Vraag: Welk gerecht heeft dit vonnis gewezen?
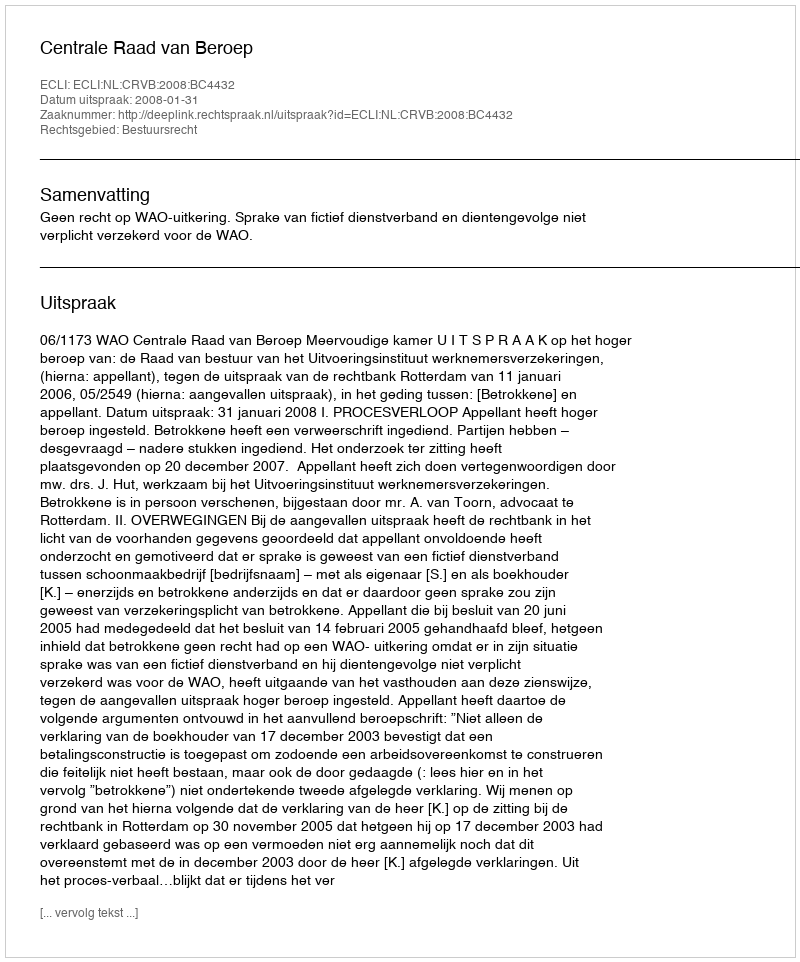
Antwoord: Centrale Raad van Beroep